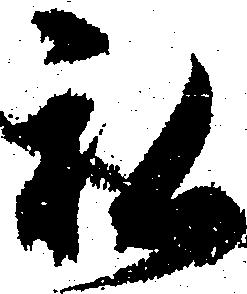
私